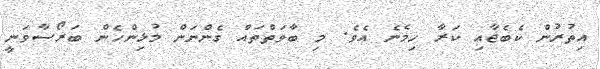
އިތުރުން ކެބެޖާއި ކަރާ ހިމެނެ އެވެ. މި ބާވަތްތައް ގެންނަން މުޅިންހެން ބަރޯސާވަނީ